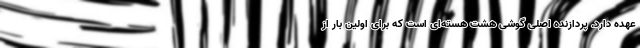
عهده دارد. پردازنده اصلی گوشی هشت هسته‌ای است که برای اولین بار از